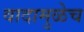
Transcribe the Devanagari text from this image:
वादामुळेच